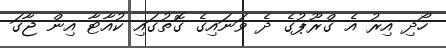
ހޯދި އިރު އެ ގްރޫޕުގެ ދެ ވަނައިގެ ގޮތުގައި ކުއާޓާ އިން ޖާގަ